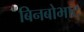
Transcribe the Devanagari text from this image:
बिनबोभाट